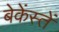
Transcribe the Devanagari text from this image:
बेकेंस्तें